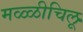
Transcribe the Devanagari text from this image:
मळ्ळीचिलू